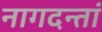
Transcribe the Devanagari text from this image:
नागदन्तां